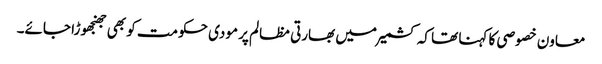
معاون خصوصی کا کہنا تھا کہ کشمیر میں بھارتی مظالم پر مودی حکومت کو بھی جھنجھوڑا جائے۔